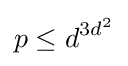
p\leq d^{3d^{2}}